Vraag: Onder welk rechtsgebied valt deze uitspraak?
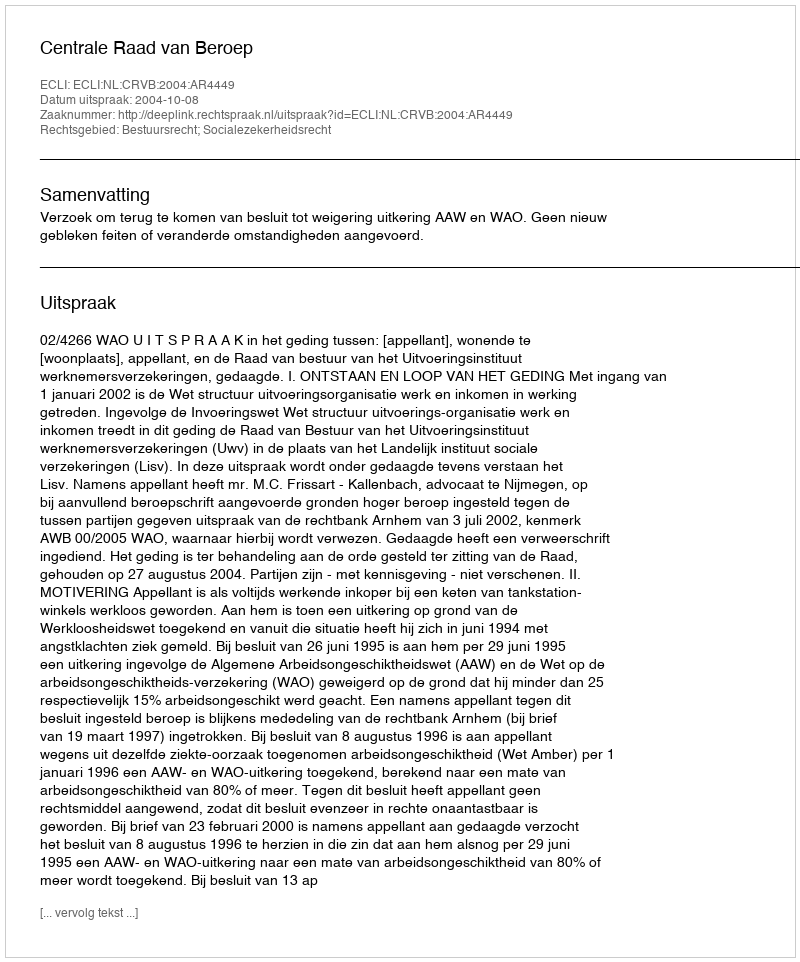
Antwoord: Bestuursrecht; Socialezekerheidsrecht